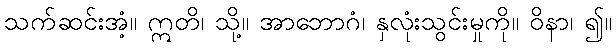
သက်ဆင်းအံ့။ ဣတိ၊ သို့။ အာဘောဂံ၊ နှလုံးသွင်းမှုကို။ ဝိနာ၊ ၍။